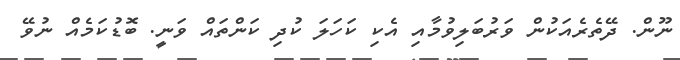
ނޫން. ދޭތެރެއަކުން ވަރުބަލިވުމާއި އެކި ކަހަލަ ކުދި ކަންތައް ވަނީ. ބޮޑުކަމެއް ނުވޭ